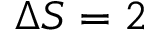
\Delta S = 2